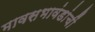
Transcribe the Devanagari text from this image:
मावसभावंडांचीं